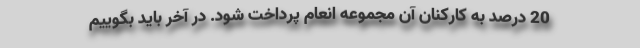
20 درصد به کارکنان آن مجموعه انعام پرداخت شود. در آخر باید بگوییم